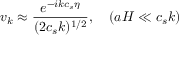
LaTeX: v _ { k } \approx { \frac { e ^ { - i k c _ { s } \eta } } { ( 2 c _ { s } k ) ^ { 1 / 2 } } } , \quad ( a H \ll c _ { s } k )